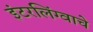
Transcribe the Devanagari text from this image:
इंटरलिंग्वाचे